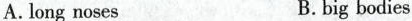
A.long noses B.big bodies